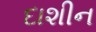
દાશીન